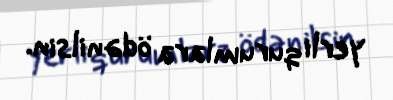
yerli qurumlara ödənilsin.